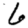
Digit: 6